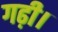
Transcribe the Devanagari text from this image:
गढ़ी।